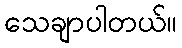
သေချာပါတယ်။